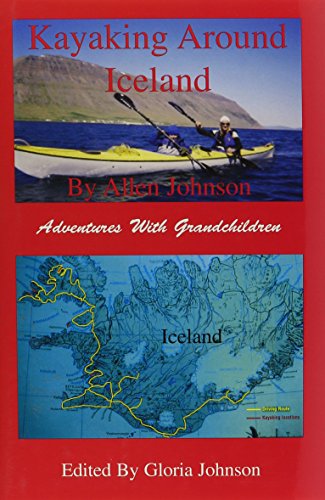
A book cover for Kayaking Around Iceland: Adventures with Grandchildren; Allen Johnson; Travel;